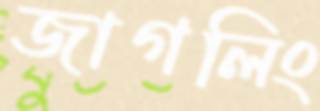
জাগলিং